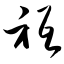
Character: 只